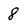
Character: 8